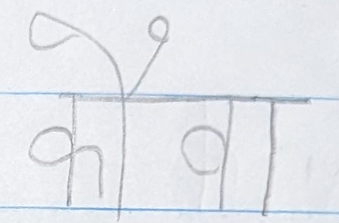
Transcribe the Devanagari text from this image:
कोवा